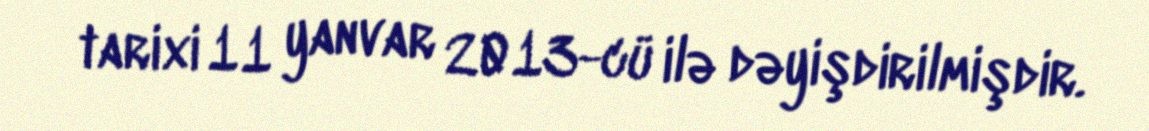
tarixi 11 yanvar 2013-cü ilə dəyişdirilmişdir.